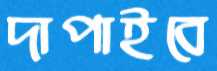
দাপাইবে